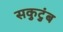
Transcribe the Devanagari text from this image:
सकुटुंब